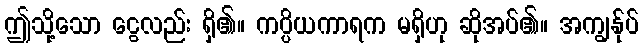
ဤသို့သော ငွေလည်း ရှိ၏။ ကပ္ပိယကာရက မရှိဟု ဆိုအပ်၏။ အကျွန်ုပ်